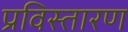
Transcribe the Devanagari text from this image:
प्रविस्तारण